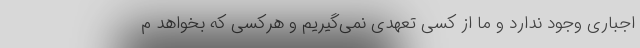
اجباری وجود ندارد و ما از کسی تعهدی نمی‌گیریم و هرکسی که بخواهد م